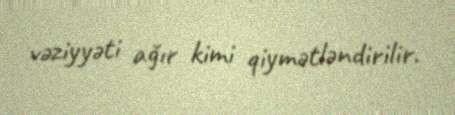
vəziyyəti ağır kimi qiymətləndirilir.